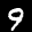
Label: 9